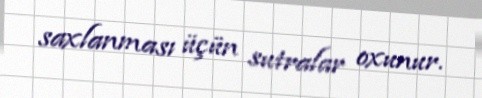
saxlanması üçün sutralar oxunur.